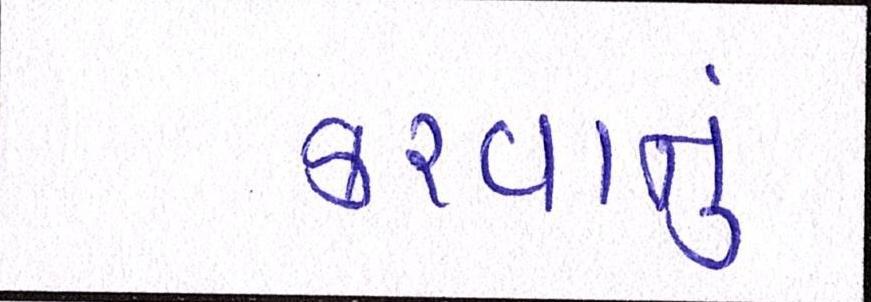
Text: કરવાનું